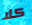
كلا